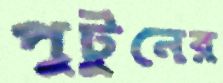
পুটুনের